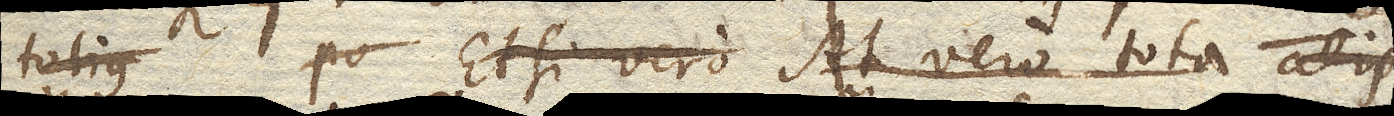
totius Et si vero At vero tota